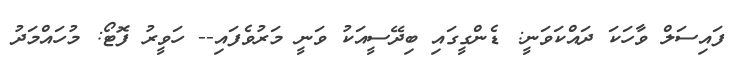
ފައިސަލް ވާހަކަ ދައްކަވަނީ: ޑެންގީގައި ބިދޭސީއަކު ވަނީ މަރުވެފައި-- ހަވީރު ފޮޓޯ: މުހައްމަދު